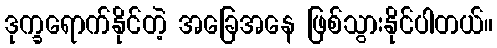
ဒုက္ခရောက်နိုင်တဲ့ အခြေအနေ ဖြစ်သွားနိုင်ပါတယ်။